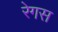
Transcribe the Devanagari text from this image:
रेगस